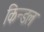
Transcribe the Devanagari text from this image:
किन्डल